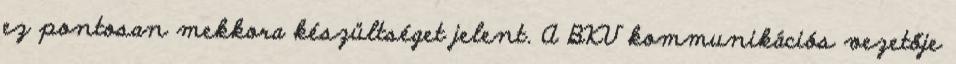
ez pontosan mekkora készültséget jelent. A BKV kommunikációs vezetője